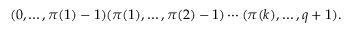
( 0 , \ldots , \pi ( 1 ) - 1 ) ( \pi ( 1 ) , \ldots , \pi ( 2 ) - 1 ) \cdots ( \pi ( k ) , \ldots , q + 1 ) .